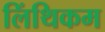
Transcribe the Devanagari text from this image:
लिंथिकम